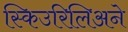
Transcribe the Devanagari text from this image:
स्किउरिलिअने